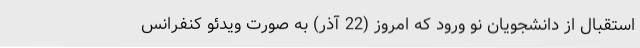
استقبال از دانشجویان نو ورود که امروز (22 آذر) به صورت ویدئو کنفرانس